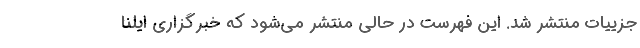
جزییات منتشر شد. این فهرست در حالی منتشر می‌شود که خبرگزاری ایلنا